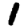
Digit: 1